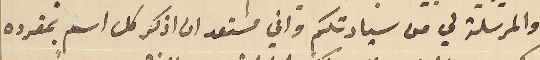
والمرسلة لي من سيادتكم واني مستعد ان اذكر كل اسمٍ بمفرده